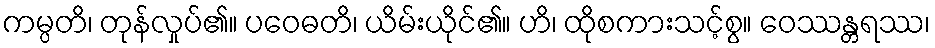
ကမ္ပတိ၊ တုန်လှုပ်၏။ ပဝေဓတိ၊ ယိမ်းယိုင်၏။ ဟိ၊ ထိုစကားသင့်စွ။ ဝေဿန္တရဿ၊